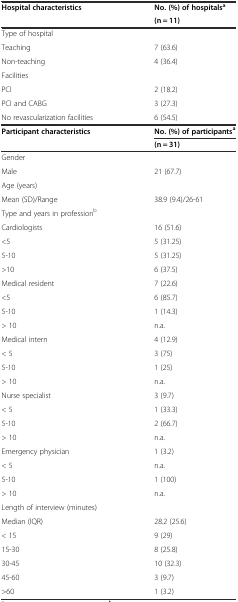
| <ROWSPAN=2> Hospital characteristics | No. (%) of hospitalsa |
 | (n = 11) |
 | --- | --- |
 | Type of hospital |  |
 | Teaching | 7 (63.6) |
 | Non-teaching | 4 (36.4) |
 | Facilities |  |
 | PCI | 2 (18.2) |
 | PCI and CABG | 3 (27.3) |
 | No revascularization facilities | 6 (54.5) |
 | <ROWSPAN=2> Participant characteristics | No. (%) of participantsa |
 | (n = 31) |
 | Gender |  |
 | Male | 21 (67.7) |
 | Age (years) |  |
 | Mean (SD)/Range | 38.9 (9.4)/26-61 |
 | Type and years in professionb |  |
 | Cardiologists | 16 (51.6) |
 | <5 | 5 (31.25) |
 | 5-10 | 5 (31.25) |
 | >10 | 6 (37.5) |
 | Medical resident | 7 (22.6) |
 | <5 | 6 (85.7) |
 | 5-10 | 1 (14.3) |
 | > 10 | n.a. |
 | Medical intern | 4 (12.9) |
 | < 5 | 3 (75) |
 | 5-10 | 1 (25) |
 | > 10 | n.a. |
 | Nurse specialist | 3 (9.7) |
 | < 5 | 1 (33.3) |
 | 5-10 | 2 (66.7) |
 | > 10 | n.a. |
 | Emergency physician | 1 (3.2) |
 | < 5 | n.a. |
 | 5-10 | 1 (100) |
 | > 10 | n.a. |
 | Length of interview (minutes) |  |
 | Median (IQR) | 28.2 (25.6) |
 | < 15 | 9 (29) |
 | 15-30 | 8 (25.8) |
 | 30-45 | 10 (32.3) |
 | 45-60 | 3 (9.7) |
 | >60 | 1 (3.2) |